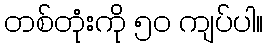
တစ်တုံးကို ၅၀ ကျပ်ပါ။